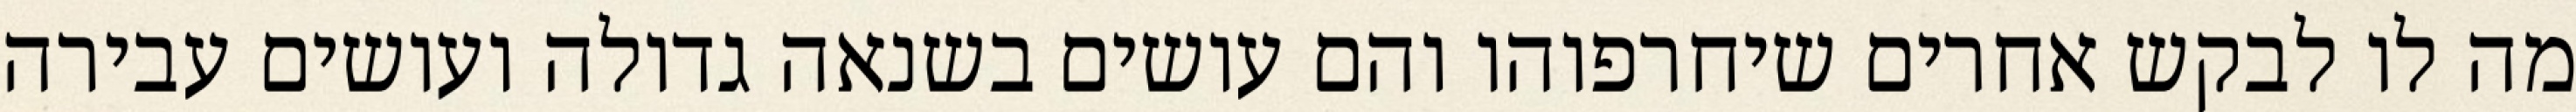
מה לו לבקש אחרים שיחרפוהו והם עושים בשנאה גדולה ועושים עבירה